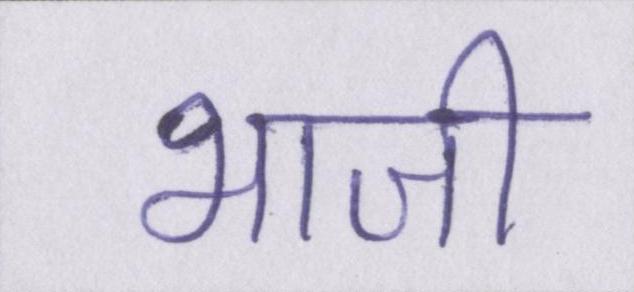
भाजी